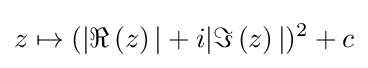
z\mapsto (|\Re \left(z\right)|+i|\Im \left(z\right)|)^{2}+c